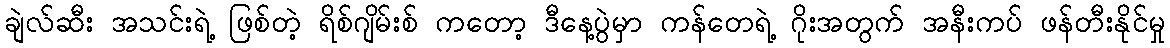
ချဲလ်ဆီး အသင်းရဲ့ ဖြစ်တဲ့ ရိစ်ဂျိမ်းစ် ကတော့ ဒီနေ့ပွဲမှာ ကန်တေရဲ့ ဂိုးအတွက် အနီးကပ် ဖန်တီးနိုင်မှု